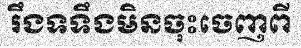
រឹងទទឹងមិនចុះចេញពី